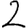
Digit: 2